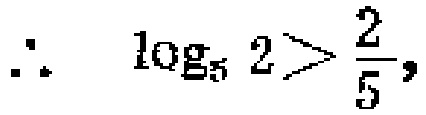
\(\therefore \quad \log _{5} 2>\frac{2}{5},\)